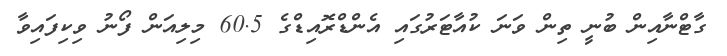
ގާޓްނާއިން ބުނީ ތިން ވަނަ ކުއާޓަރުގައި އެންޑްރޮއިޑްގެ 60.5 މިލިއަން ފޯނު ވިކިފައިވާ